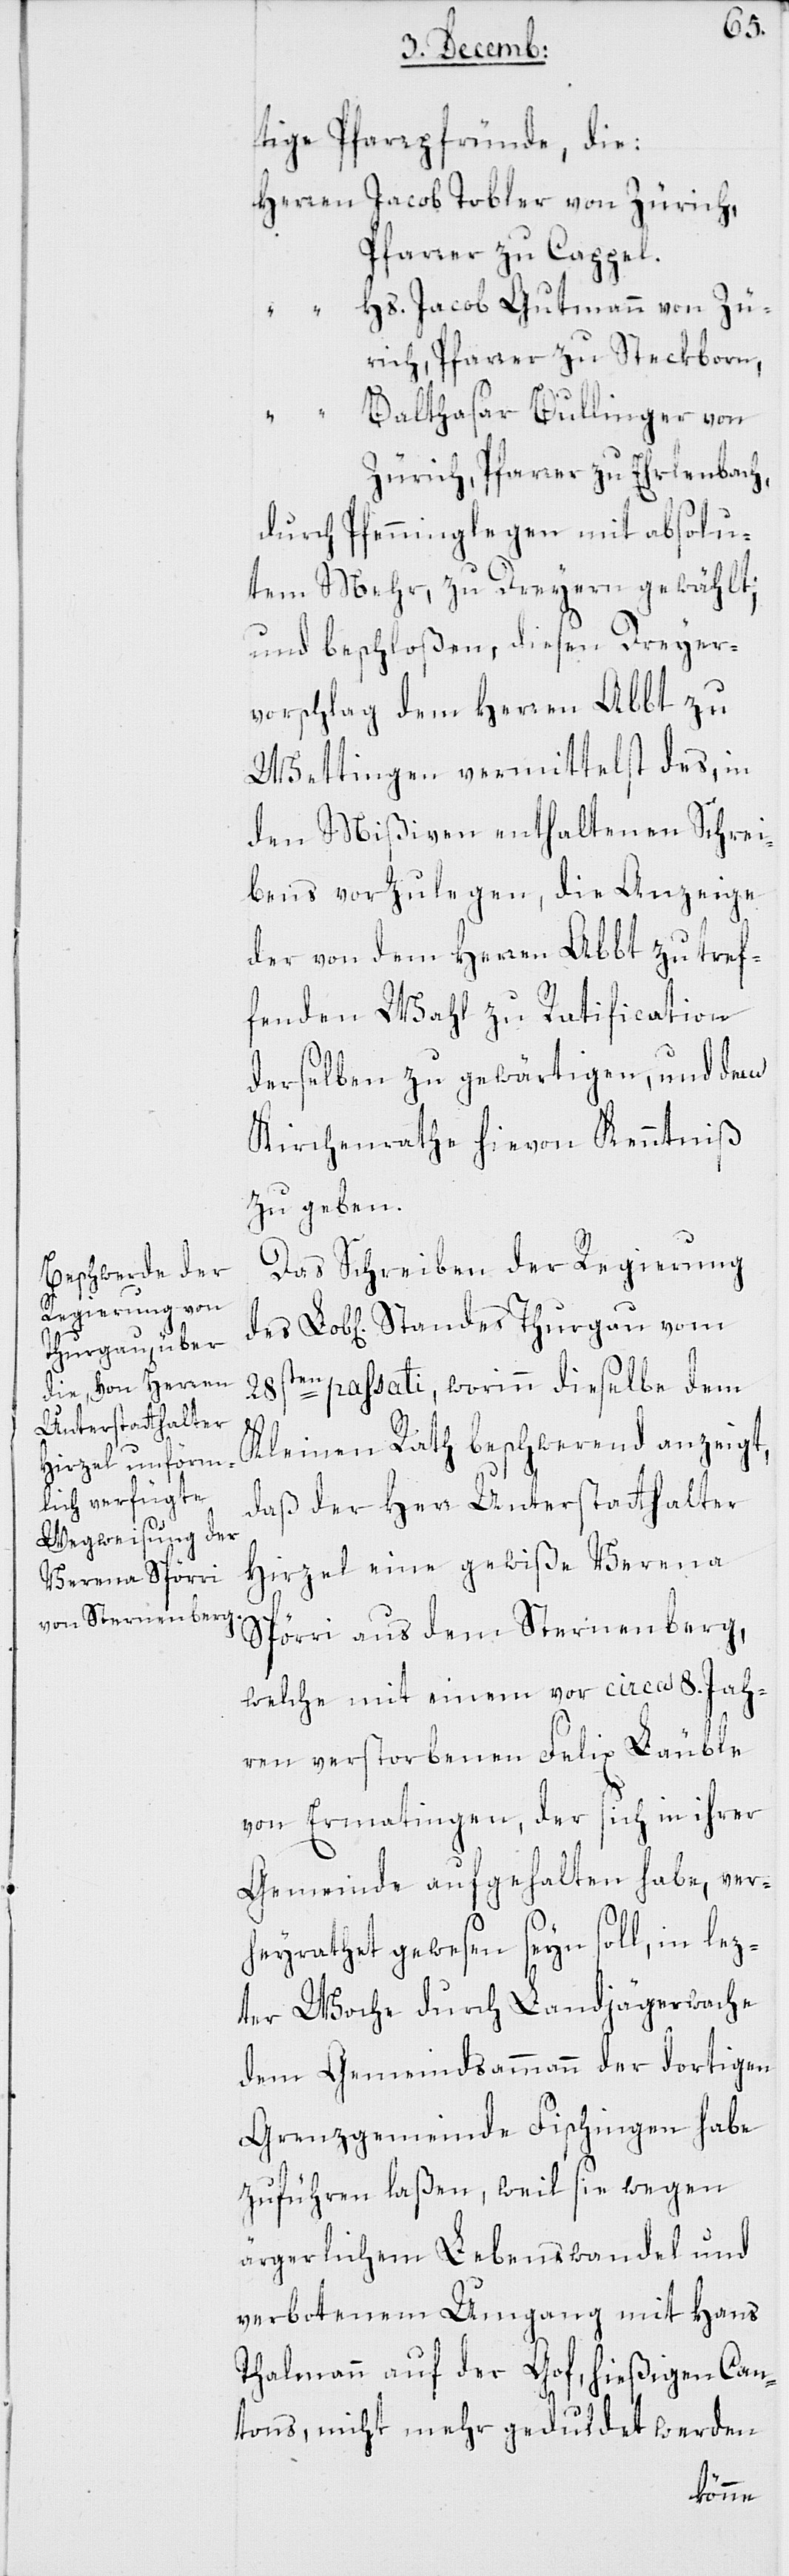
tige Pfarrpfründe die,
Herren Jacob Tobler von Zürich,
Pfarrer zu Cappel.
“ Hs. Jacob Gutmann von Zü¬
rich, Pfarrer zu Steckborn,
Balthasar Bullinger von
Zürich, Pfarrer zu Erlenbach,
durch Pfenninglegen mit absolu¬
tem Mehr, zu Dreyern gewählt;
und beschloßen, diesen Dreyer¬
vorschlag dem Herren Abbt zu
Wettingen vermittelst des, in
den Mißiven enthaltenen Schrei¬
bens vorzulegen, die Anzeige
der von dem Herren Abbt zu tref¬
fenden Wahl zu Ratification
derselben zu gewärtigen, und dem
Kirchenrathe hievon Kenntniß
zu geben.
Das Schreiben der Regierung
28sten passati, worinn dieselbe dem
des
Kleinen Rath beschwerend anzeigt,
daß der Herr Unterstatthalter
Hirzel eine gewiße Verena
Spörri aus dem Sternenberg,
welche mit einem vor circa 8. Jah¬
ren verstorbenen Felix Läuble
von Ermatingen, der sich in ihrer
Gemeinde aufgehalten habe, ver¬
heyrathet gewesen seyn soll, in lez¬
ter Woche durch Landjägerwache
dem Gemeindsammann der dortigen
Grenzgemeinde Fischingen habe
zuführen laßen, weil sie wegen
ärgerlichem Lebenswandel und
verbotenem Umgang mit Hans
Thalmann auf der Gof, hießigen Can¬
tons, nicht mehr geduldet werden